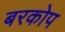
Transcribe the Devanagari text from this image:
बरकोप